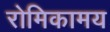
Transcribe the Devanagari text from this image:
रोमिकामय